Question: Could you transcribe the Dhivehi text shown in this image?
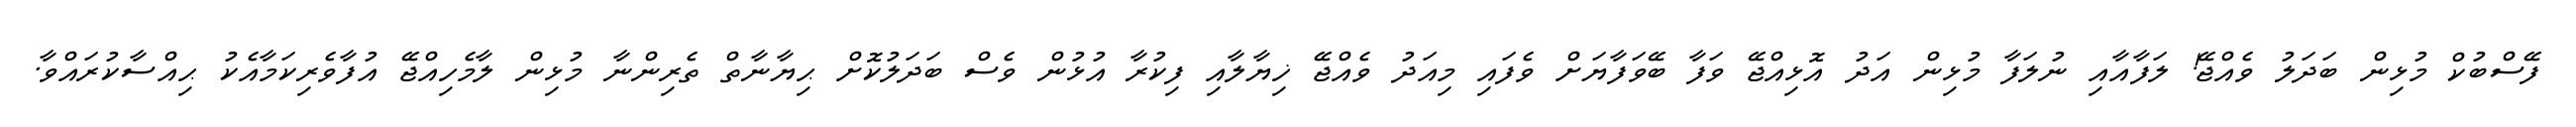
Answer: ފޭސްބުކް މުޅިން ބަދަލު ވެއްޖޭ! ލަފާއާއި ނުލަފާ މުޅިން އަދު އޮޅިއްޖޭ ވަފާ ބޭވަފާޔަށް ވެފައި މިއަދު ވެއްޖޭ ޚިޔާލާއި ފިކުރާ އުޅުން ވެސް ބަދަލުކޮށް ޙިޔާނާތް ތެރިންނާ މުޅިން ލާމެހިއްޖޭ އުފާވެރިކަމާއެކު ޙިއްސާކުރައްވާ.